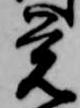
覚